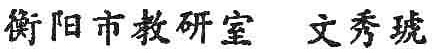
衡阳市教研室 文秀琥